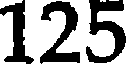
125